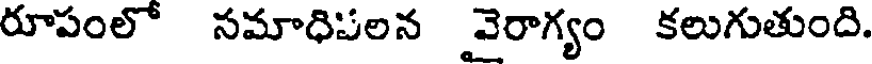
రూపంలో సమాధిపలన వైరాగ్యం కలుగుతుంది.